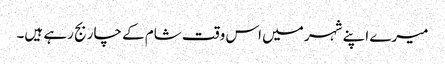
میرے اپنے شہر میں اس وقت شام کے چار بج رہے ہیں۔